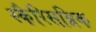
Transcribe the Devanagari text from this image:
स्कैरिसब्रिक